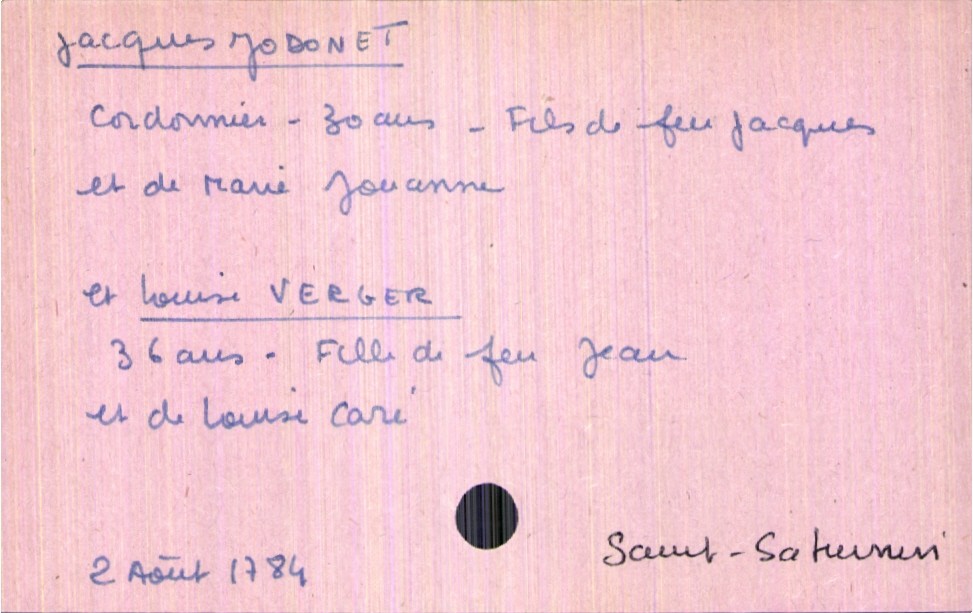
type_acte: Mariage
année: 1784
mois: août
jour: 1784
paroisse: Saint-Saturnin
marié_nom: Jodonet
marié_prénom: Jacques
marié_âge: 30 ans
marié_profession: cordonnier
père_marié_nom: Jodonet
père_marié_prénom: Jacques
père_marié_statut: décédé
mère_marié_nom: Jouanne
mère_marié_prénom: Marie
mariée_nom: Verger
mariée_prénom: Louise
mariée_âge: 36 ans
père_mariée_nom: Verger
père_mariée_prénom: Jean
mère_mariée_nom: Caré
mère_mariée_prénom: Louise